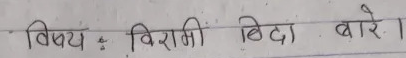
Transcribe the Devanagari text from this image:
विषय : विरामी बिदा बारे ।